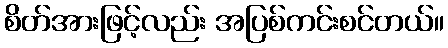
စိတ်အားဖြင့်လည်း အပြစ်ကင်းစင်တယ်။